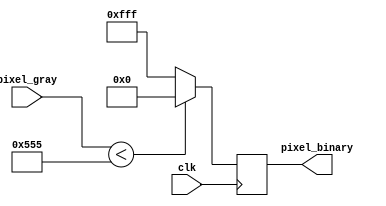
`timescale 1ns / 1ps
//////////////////////////////////////////////////////////////////////////////////
// Company: 
// Engineer: 
// 
// Design Name: 
// Module Name: binaryzation
// Project Name: 
// Target Devices: 
// Tool Versions: 
// Description: 
// 
// Dependencies: 
// 
// Revision:
// Revision 0.01 - File Created
// Additional Comments:
// 
//////////////////////////////////////////////////////////////////////////////////


module binaryzation(
input clk,
input [11:0] pixel_gray,
output [11:0] pixel_binary
    );
    reg [11:0] pixel;
    always @ (posedge clk) begin
    if (pixel_gray < 12'b0101_0101_0101)
       
        pixel <= 12'b0000_0000_0000;
        else
        pixel <= 12'b1111_1111_1111;
        end
    
   assign pixel_binary = pixel; 
    
    
    
    
    
endmodule